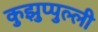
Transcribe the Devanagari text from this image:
कुझुप्पुल्ली